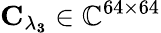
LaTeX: \mathbf{C_{\lambda_{3}}}\in\mathbb{C}^{64\times 64}